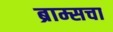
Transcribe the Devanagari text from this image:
ब्राम्सचा